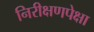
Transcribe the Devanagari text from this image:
निरीक्षणपेक्षा